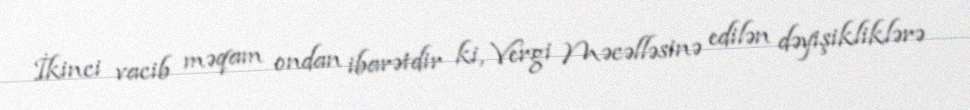
İkinci vacib məqam ondan ibarətdir ki, Vergi Məcəlləsinə edilən dəyişikliklərə